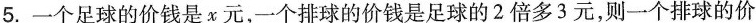
5.一个足球的价钱是x元，一个排球的价钱是足球的2倍多3元，则一个排球的价